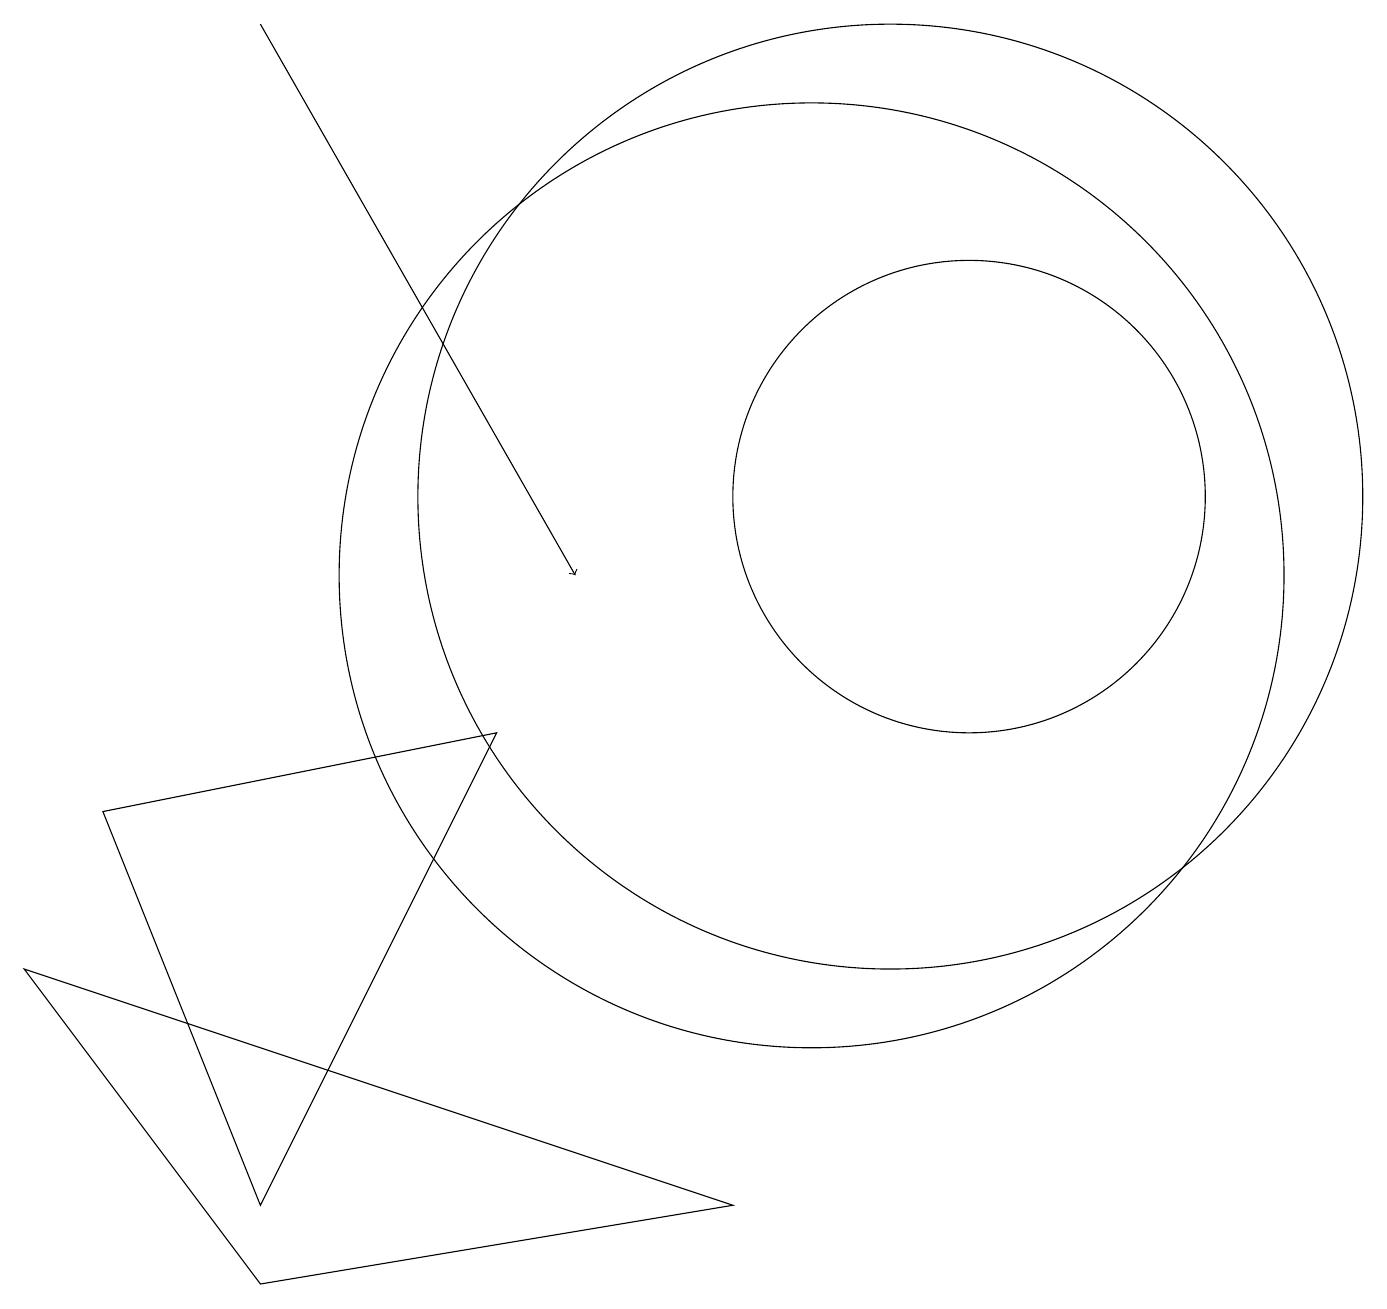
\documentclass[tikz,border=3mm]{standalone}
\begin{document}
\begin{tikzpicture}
\draw (12,11) circle (3);
\draw (1,7) -- (6,8) -- (3,2) -- cycle;
\draw (0,5) -- (3,1) -- (9,2) -- cycle;
\draw[->] (3,17) -- (7,10);
\draw (10,10) circle (6);
\draw (11,11) circle (6);
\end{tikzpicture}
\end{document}